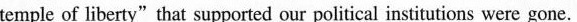
temple of liberty"that supported our political institutions were gone.